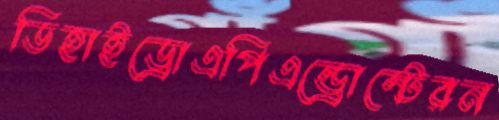
ডিহাইড্রোএপিএন্ড্রোস্টেরন